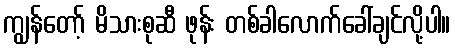
ကျွန်တော့် မိသားစုဆီ ဖုန်း တစ်ခါလောက်ခေါ်ချင်လို့ပါ။